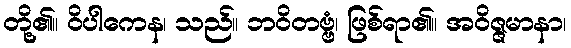
တို့၏။ ဝိပါကေန၊ သည်။ ဘဝိတဗ္ဗံ၊ ဖြစ်ရာ၏။ အဝိဇ္ဇမာနာ၊